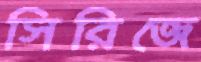
সিরিজে